Medical and sanitary report on the native army of Bombay for the year
Year: 1877
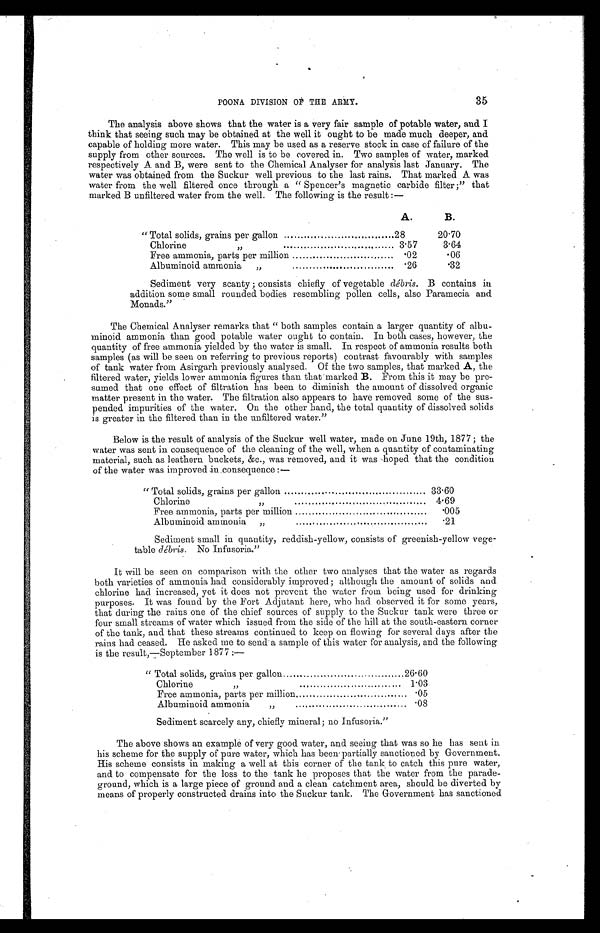
POONA DIVISION OF THE ARMY.
35
The analysis above shows that the water is a very fair sample of potable water, and 1
think that seeing such may be obtained at the well it ought to be made much deeper, and.
capable of holding more water. This may be used as a reserve stock in case of failure of the
supply from other sources. The well is to be covered in. Two samples of water, marked
respectively A and B, were sent to the Chemical Analyser for analysis last January. The
water was obtained from the Suckur well previous to the last rains. That marked A was
water from the well filtered once through a "Spencer's magnetic carbide filter;" that
marked B unfiltered water from the well. The following is the result:—
A.
B.
"Total solids, grains per gallon
28
20.70
Chlorine
,,
3.57
3.64
Free ammonia, parts per million
.02
.06
Albuminoid ammonia „
.26
.32
Sediment very scanty; consists chiefly of vegetable d é b r i s
. B c o n t a i n s i n
addition some small rounded bodies resembling pollen cells, also Paramecia and
Monads."
The Chemical Analyser remarks that "both samples contain a larger quantity of albu-
minoid ammonia than good potable water ought to contain. In both cases, however, the
quantity of free ammonia yielded by the water is small. In respect of ammonia results both
samples (as will be seen on referring to previous reports) contrast favourably with samples
of tank water from Asirgarh previously analysed. Of the two samples, that marked A, the
filtered water, yields lower ammonia figures than that marked B. From this it may be pre-
sumed that one effect of filtration has been to diminish the amount of dissolved organic
matter present in the water. The filtration also appears to have removed some of the sus-
pended impurities of the water. On the other hand, the total quantity of dissolved solids
is greater in the filtered than in the unfiltered water."
Below is the result of analysis of the Suckur well water, made on June 19th, 1877; the
water was sent in consequence of the cleaning of the well, when a quantity of contaminating
material, such as leathern buckets, &c., was removed, and it was hoped that the condition
of the water was improved in consequence:—
"Total solids, grains per gallon
33.60
Chlorine
,,
4.69
Free ammonia, parts per million
.005
Albuminoid ammonia „
.21
Sediment small in quantity, reddish-yellow, consists of greenish-yellow vege-
table débris. No Infusoria."
It will be seen on comparison with the other two analyses that the water as regards
both varieties of ammonia had considerably improved; although the amount of solids and
chlorine had increased, yet it does not prevent the water from being used for drinking
purposes. It was found by the Fort Adjutant here, who had observed it for some years,
that during the rains one of the chief sources of supply to the Suckur tank were three or
four small streams of water which issued from the side of the hill at the south-eastern corner
of the tank, and that these streams continued to keep on flowing for several days after the
rains had ceased. He asked me to send a sample of this water for analysis, and the following
is the result,—September 1877:—
''Total solids, grains per gallon...
26.60
Chlorine
,,
1.03
Free ammonia, parts per million
.05
Albuminoid ammonia
,,
.08
Sediment scarcely any, chiefly mineral; no Infusoria."
The above shows an example of very good water, and seeing that was so he has sent in
his scheme for the supply of pure water, which has been' partially sanctioned by Government.
His scheme consists in making a well at this corner of the tank to catch this pure water,
and to compensate for the loss to the tank he proposes that the water from the parade-
ground, which is a large piece of ground. and a clean catchment area, should be diverted by
means of properly constructed drains into the Suckur tank. The Government has sanctioned